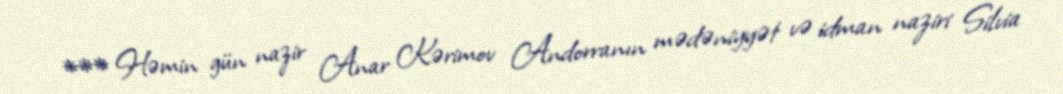
*** Həmin gün nazir Anar Kərimov Andorranın mədəniyyət və idman naziri Silvia